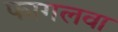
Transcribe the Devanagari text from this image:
फागलवा